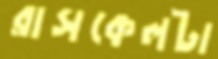
রাসকেলটা